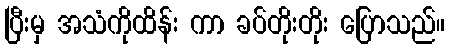
ပြီးမှ အသံကိုထိန်း ကာ ခပ်တိုးတိုး ပြောသည်။